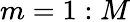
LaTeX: m=1:M